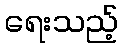
ရေးသည့်